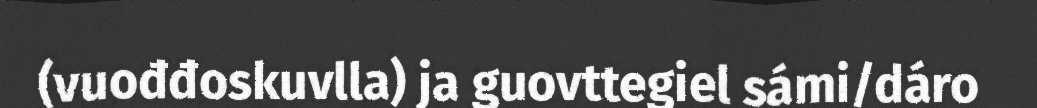
(vuođđoskuvlla) ja guovttegiel sámi/dáro